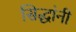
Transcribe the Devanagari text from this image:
सिद्धांनी